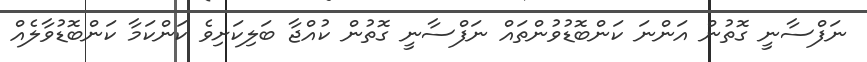
ނަފްސާނީ ގޮތުން އަންނަ ކަންބޮޑުވުންތައް ނަފްސާނީ ގޮތުން ކުއްޖާ ބަލިކަށިވެ ކަންކަމާ ކަންބޮޑުވާލެއް